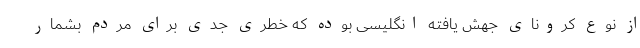
از نوع کرونای جهش یافته انگلیسی بوده که خطری جدی برای مردم بشمار